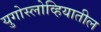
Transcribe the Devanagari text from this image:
युगोस्लोव्हियातील